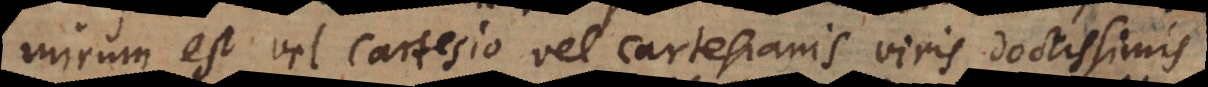
mirum est vel Cartesio vel Cartesianis, viris doctissimis,